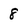
Character: 8